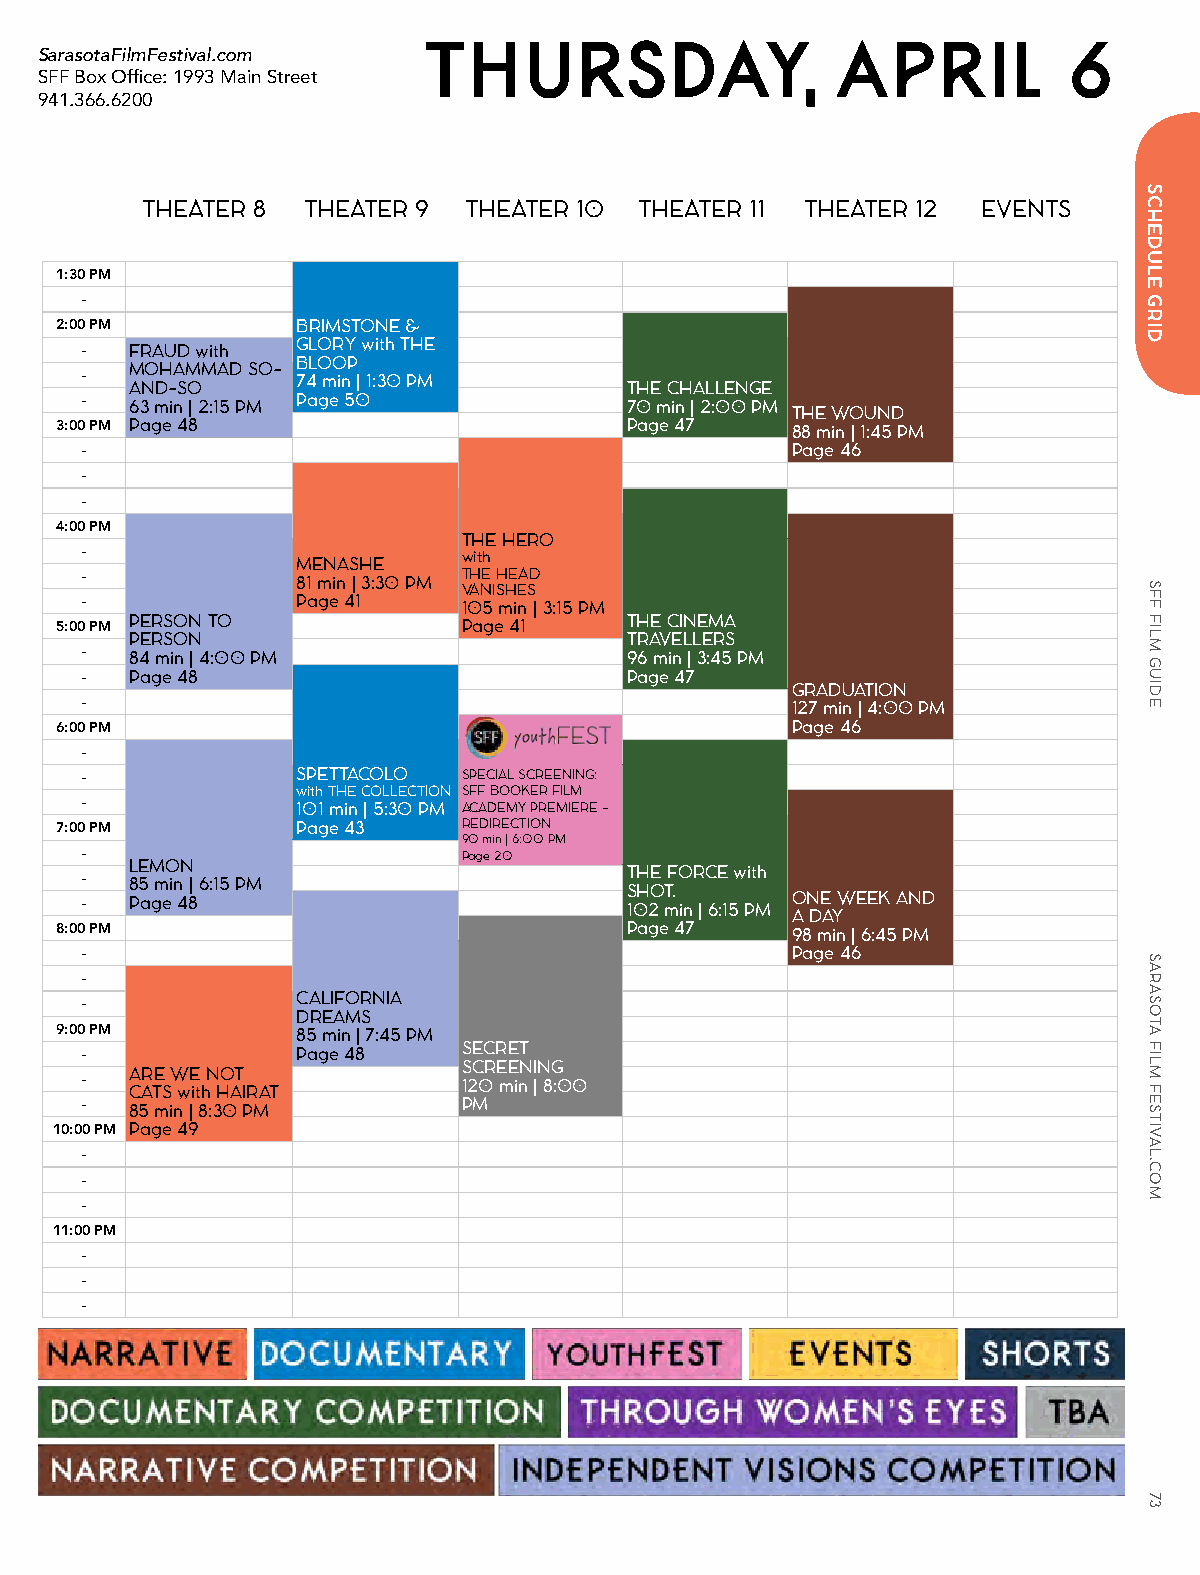
THURSDAY,                   APRIL          6
 SarasotaFilmFestival.com
 SFF Box Office: 1993 Main Street
 941.366.6200
 THEATER 8  THEATER 9  THEATER 10 THEATER 11 THEATER 12  EVENTS
 1:30 PM
 -
 2:00 PM         BRIMSTONE &
 GLORY with THE
 -   FRAUD with
 BLOOP
 MOHAMMAD SO-
 -              74 min | 1:30 PM
 AND-SO                          THE CHALLENGE
 -   63 min | 2:15 PM Page 50        70 min | 2:00 PM
 THE WOUND
 3:00 PM Page 48                      Page 47    88 min | 1:45 PM
 -                                              Page 46
 -
 -
 4:00 PM
 THE HERO
 -              MENASHE    with
 -              81 min | 3:30 PM THE HEAD VANISHES
 -              Page 41    105 min | 3:15 PM
 5:00 PM PERSON TO          Page 41   THE CINEMA
 PERSON                          TRAVELLERS
 -   84 min | 4:00 PM                96 min | 3:45 PM
 -   Page 48                         Page 47
 GRADUATION
 -                                              127 min | 4:00 PM
 6:00 PM                                         Page 46
 -
 -              SPETTACOLO SPECIAL SCREENING:
 with THE COLLECTION SFF BOOKER FILM
 -              101 min | 5:30 PM ACADEMY PREMIERE -
 7:00 PM         Page 43    REDIRECTION
 90 min | 6:00 PM
 -                         Page 20
 LEMON
 THE FORCE with
 -   85 min | 6:15 PM
 SHOT.
 -   Page 48                         102 min | 6:15 PM ONE WEEK AND
 A DAY
 8:00 PM                              Page 47    98 min | 6:45 PM
 -                                              Page 46
 -
 CALIFORNIA
 -
 DREAMS
 9:00 PM         85 min | 7:45 PM
 -              Page 48    SECRET
 SCREENING
 ARE WE NOT
 -                         120 min | 8:00 CATS with HAIRAT
 -   85 min | 8:30 PM      PM
 10:00 PM Page 49
 -
 -
 -
 11:00 PM
 -
 -
 -
 SCHEDULE
 GRID
 SFF
 FILM
 GUIDE
 SARASOTA
 FILM
 FESTIVAL.COM
 73